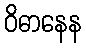
ဝိဓာနေန